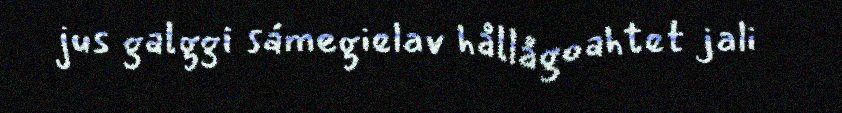
jus galggi sámegielav hållågoahtet jali